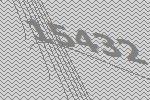
15432